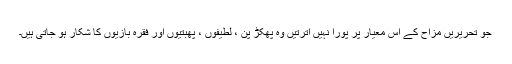
جو تحریریں مزاح کے اس معیار پر پورا نہیں اترتیں وہ پھکڑ پن ، لطیفوں ، پھبتیوں اور فقرہ بازیوں کا شکار ہو جاتی ہیں۔